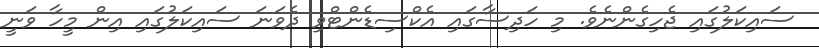
ސައިކަލުގައި ޖެހިގެންނެވެ. މި ހަދިސާގައި އެކްސިޑެންޓްވި ދެވަނަ ސައިކަލުގައި އިން މީހާ ވަނީ